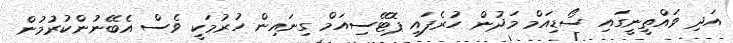
އަދި ވައްތީނީގައި ސޯޑިއަމް މަދުން ހުރެފައި ޕޮޓޭސިއަމް ގިނައިން ހުރުމަކީ ވެސް އެބޭނުންކުރުމުން